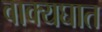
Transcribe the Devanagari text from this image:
वाक्यघात